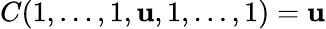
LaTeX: C(1,\dots,1,\mathbf{u},1,\dots,1)=\mathbf{u}